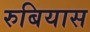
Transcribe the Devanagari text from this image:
रुबियास